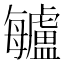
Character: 𣬁